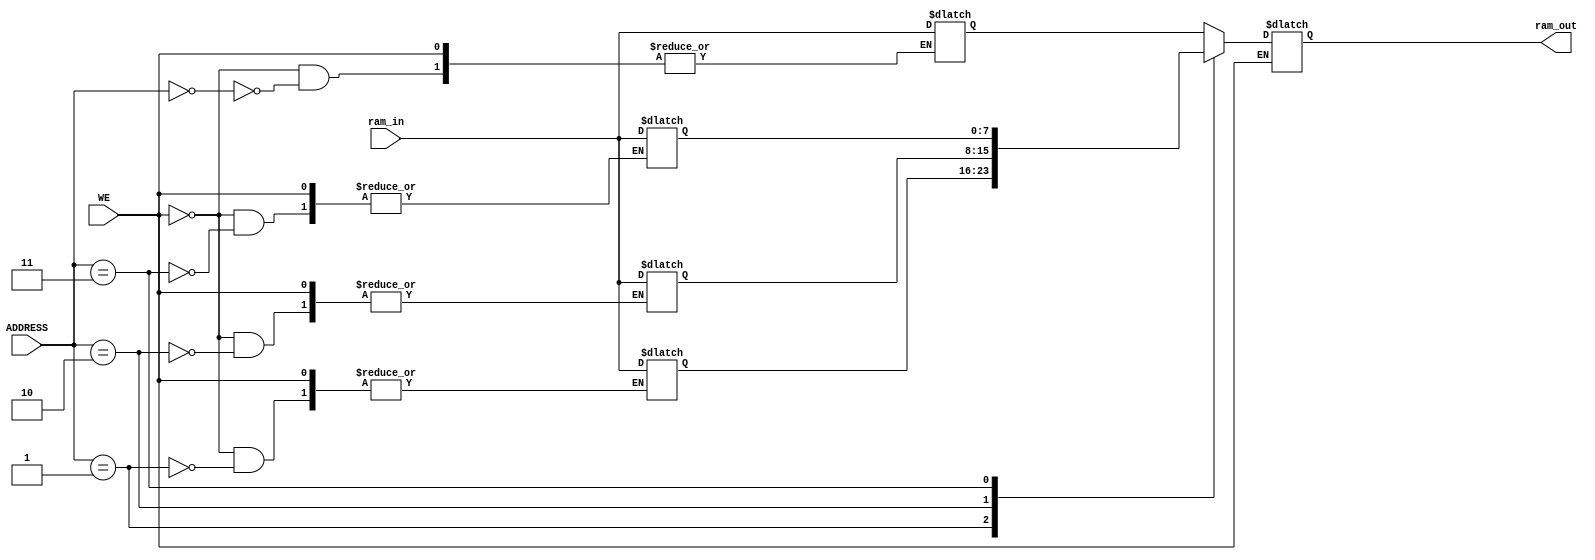
module ram #(parameter ADDR_SIZE = 2 ,
             parameter DATA_SIZE = 8)
            (WE, ADDRESS, ram_in, ram_out);
    input                   WE;
    input  [ADDR_SIZE-1:0]  ADDRESS;
    input  [DATA_SIZE-1:0]  ram_in;
    output [DATA_SIZE-1:0]  ram_out;

    localparam MEM_DEPTH = 1<< ADDR_SIZE;    
    reg [DATA_SIZE-1:0] MEM [0:MEM_DEPTH-1];    // memory     

    reg [DATA_SIZE-1:0]  ram_out;
    
    always @(WE, ADDRESS, ram_in, ram_out) begin
        if (!WE)
            MEM[ADDRESS] <= ram_in;
        else
             ram_out <= MEM [ADDRESS];   
    end 
endmodule 

module ram_tb   #(parameter ADDR_SIZE = 2 ,
                  parameter DATA_SIZE = 8 );
    reg                   WE;
    reg  [ADDR_SIZE-1:0]  ADDRESS;
    reg  [DATA_SIZE-1:0]  ram_in;
    wire [DATA_SIZE-1:0]  ram_out;

    reg [DATA_SIZE-1:0]  i;
    
    ram U_ram(WE, ADDRESS, ram_in, ram_out);

    initial begin
        $monitor("WE = %h, ADDRESS = %h,  ram_in = %h, ram_out = %h",WE, ADDRESS, ram_in, ram_out);
        for ( i = 0 ; i< 8 ; i=i+1 ) begin
            $display("write:");
            ADDRESS = i ;
            ram_in = i;
            WE = 1 ;
            #10 

            $display("read:");
            WE = 0 ;
            #10;
        end
        $display("random test:");
        for ( i = 0 ; i< 8 ; i=i+1 ) begin
            $display("write:");
            ADDRESS = {$random}%ADDR_SIZE ;
            ram_in = {$random}%(1<<DATA_SIZE);
            WE = 1 ;
            #10 
            
            $display("read:");
            WE = 0 ;
            #10;
        end
    end

endmodule